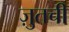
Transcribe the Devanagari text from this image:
ज़ुतची